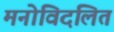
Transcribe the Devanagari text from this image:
मनोविदलित